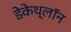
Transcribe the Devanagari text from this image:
डेकेथ्लॉन